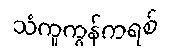
သံကူကွန်ကရစ်